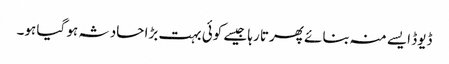
ڈیوڈ ایسے منہ بنائے پھرتا رہا جیسے کوئی بہت بڑا حادثہ ہو گیا ہو۔